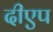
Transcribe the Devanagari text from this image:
दीएप